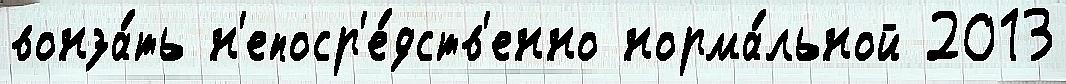
вонза́ть н'епоср'е́дств'енно норма́льной 2013